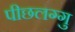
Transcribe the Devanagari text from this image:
पीछलग्गु